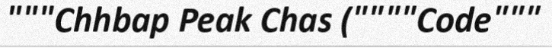
"""Chhbap Peak Chas (""""Code"""